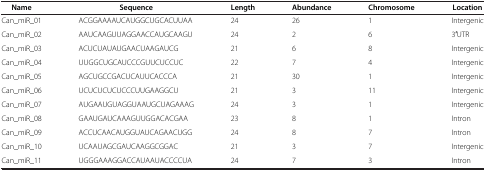
<table><thead><tr><td><b>Name</b></td><td><b>Sequence</b></td><td><b>Length</b></td><td><b>Abundance</b></td><td><b>Chromosome</b></td><td><b>Location</b></td></tr></thead><tbody><tr><td>Can_miR_01</td><td>ACGGAAAAUCAUGGCUGCACUUAA</td><td>24</td><td>26</td><td>1</td><td>Intergenic</td></tr><tr><td>Can_miR_02</td><td>AAUCAAGUUAGGAACCAUGCAAGU</td><td>24</td><td>2</td><td>6</td><td>3′UTR</td></tr><tr><td>Can_miR_03</td><td>ACUCUAUAUGAACUAAGAUCG</td><td>21</td><td>6</td><td>8</td><td>Intergenic</td></tr><tr><td>Can_miR_04</td><td>UUGGCUGCAUCCCGUUCUCCUC</td><td>22</td><td>7</td><td>4</td><td>Intergenic</td></tr><tr><td>Can_miR_05</td><td>AGCUGCCGACUCAUUCACCCA</td><td>21</td><td>30</td><td>1</td><td>Intergenic</td></tr><tr><td>Can_miR_06</td><td>UCUCUCUCUCCCUUGAAGGCU</td><td>21</td><td>3</td><td>11</td><td>Intergenic</td></tr><tr><td>Can_miR_07</td><td>AUGAAUGUAGGUAAUGCUAGAAAG</td><td>24</td><td>3</td><td>1</td><td>Intergenic</td></tr><tr><td>Can_miR_08</td><td>GAAUGAUCAAAGUUGGACACGAA</td><td>23</td><td>8</td><td>1</td><td>Intron</td></tr><tr><td>Can_miR_09</td><td>ACCUCAACAUGGUAUCAGAACUGG</td><td>24</td><td>8</td><td>7</td><td>Intron</td></tr><tr><td>Can_miR_10</td><td>UCAAUAGCGAUCAAGGCGGAC</td><td>21</td><td>3</td><td>7</td><td>Intergenic</td></tr><tr><td>Can_miR_11</td><td>UGGGAAAGGACCAUAAUACCCCUA</td><td>24</td><td>7</td><td>3</td><td>Intron</td></tr></tbody></table>